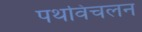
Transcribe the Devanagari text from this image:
पथविचलन